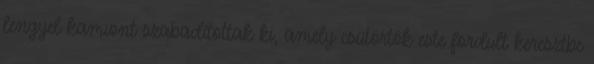
lengyel kamiont szabadítottak ki, amely csütörtök este fordult keresztbe